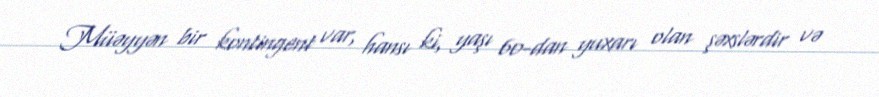
Müəyyən bir kontingent var, hansı ki, yaşı 60-dan yuxarı olan şəxslərdir və